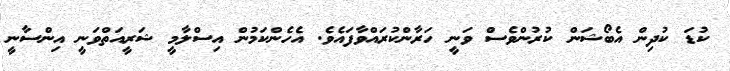
ކުޑަ ކުދިން އެބޯޝަން ކުރުންވެސް ވަނީ ހަރާންކުރައްވާފައެވެ. އެހެންކަމުން އިސްލާމީ ޝަރީއަތްވަނީ އިންސާނީ